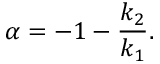
\alpha = - 1 - \frac { k _ { 2 } } { k _ { 1 } } .